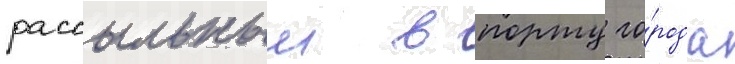
рассыльным в порту го́рода